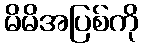
မိမိအပြစ်ကို